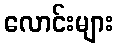
လောင်းများ